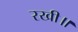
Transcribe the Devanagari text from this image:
रखी॥